Annual administration report of the Civil Veterinary Department of India - 1896-1897
Year: 1896
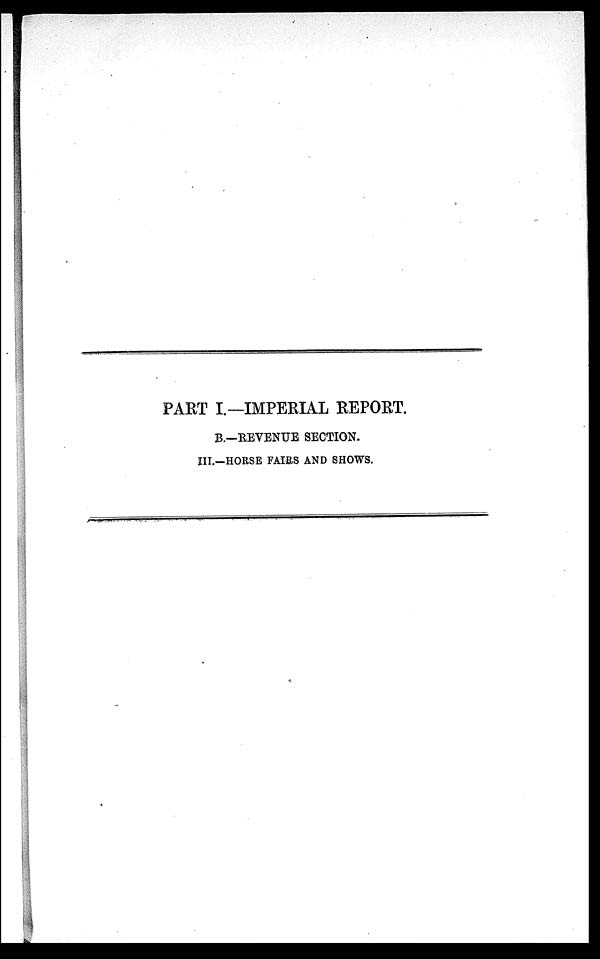
PART I.—IMPERIAL REPORT.
B.—REVENUE SECTION.
III.—HORSE FAIRS AND SHOWS.